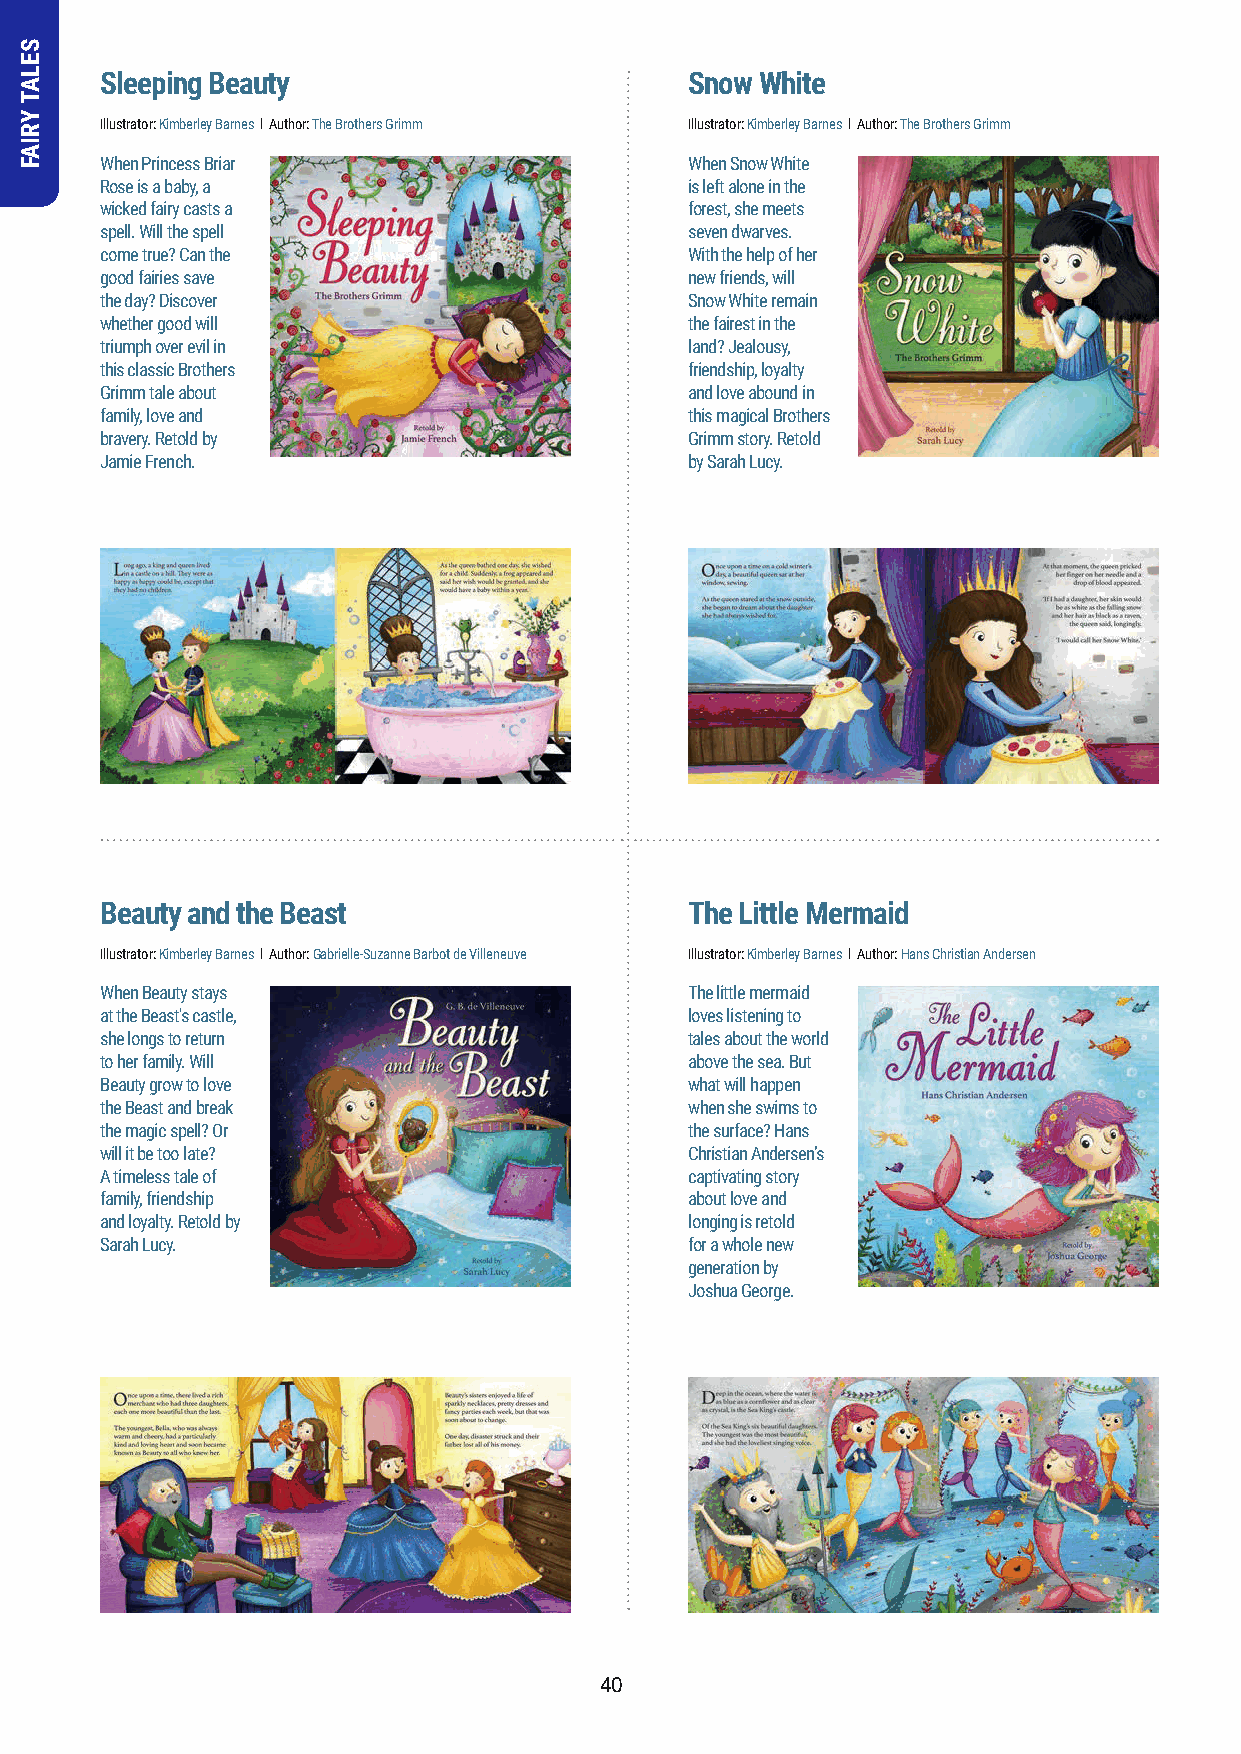
Sleeping Beauty                        Snow White
 Illustrator: Kimberley Barnes l Author: The Brothers Grimm Illustrator: Kimberley Barnes l Author: The Brothers Grimm
 When Princess Briar                    When Snow White
 Rose is a baby, a                      is left alone in the
 wicked fairy casts a                   forest, she meets
 spell. Will the spell                  seven dwarves.
 come true? Can the                     With the help of her
 good fairies save                      new friends, will
 the day? Discover                      Snow White remain
 whether good will                      the fairest in the
 triumph over evil in                   land? Jealousy,
 this classic Brothers                  friendship, loyalty
 Grimm tale about                       and love abound in
 family, love and                       this magical Brothers
 bravery. Retold by                     Grimm story. Retold
 Jamie French.                          by Sarah Lucy.
 Beauty and the Beast                   The Little Mermaid
 Illustrator: Kimberley Barnes l Author: Gabrielle-Suzanne Barbot de Villeneuve Illustrator: Kimberley Barnes l Author: Hans Christian Andersen
 When Beauty stays                      The little mermaid
 at the Beast's castle,                 loves listening to
 she longs to return                    tales about the world
 to her family. Will                    above the sea. But
 Beauty grow to love                    what will happen
 the Beast and break                    when she swims to
 the magic spell? Or                    the surface? Hans
 will it be too late?                   Christian Andersen’s
 A timeless tale of                     captivating story
 family, friendship                     about love and
 and loyalty. Retold by                 longing is retold
 Sarah Lucy.                            for a whole new
 generation by
 Joshua George.
 40
 SELAT
 YRIAF